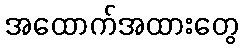
အထောက်အထားတွေ